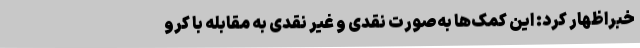
خبراظهار کرد: این کمک‌ها به‌صورت نقدی و غیر نقدی به مقابله با کرو